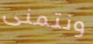
ونتمنى